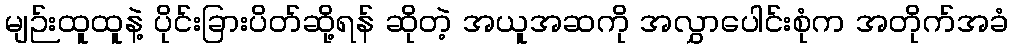
မျဉ်းထူထူနဲ့ ပိုင်းခြားပိတ်ဆို့ရန် ဆိုတဲ့ အယူအဆကို အလွှာပေါင်းစုံက အတိုက်အခံ